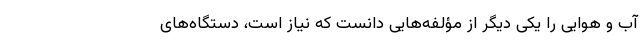
آب و هوایی را یکی دیگر از مؤلفه‌هایی دانست که نیاز است، دستگاه‌های